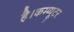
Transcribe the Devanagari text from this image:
है।कम्प्यूटर